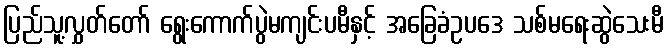
ပြည်သူ့လွှတ်တော် ရွေးကောက်ပွဲမကျင်းပမီနှင့် အခြေခံဥပဒေ သစ်မရေးဆွဲသေးမီ